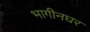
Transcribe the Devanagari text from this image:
भागीनघर